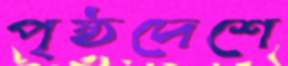
পৃষ্ঠদেশে